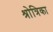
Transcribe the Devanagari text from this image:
श्रोत्रिका